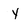
Character: Y